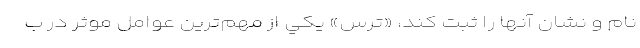
نام و نشان آنها را ثبت كند، «ترس» يكي از مهم‌ترين عوامل موثر در ب